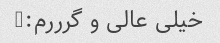
خیلی عالی و گرررم:)